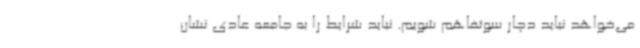
می‌خواهد نباید دچار سوتفاهم شویم. نباید شرایط را به جامعه عادی نشان